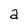
Character: a